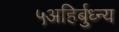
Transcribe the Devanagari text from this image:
५अहिर्बुध्न्य